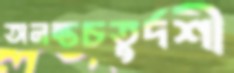
অনন্তচতুর্দশী